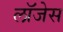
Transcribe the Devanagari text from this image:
लॉजेस